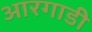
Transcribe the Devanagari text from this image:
आरगाडी